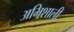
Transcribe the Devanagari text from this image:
अभिशाली